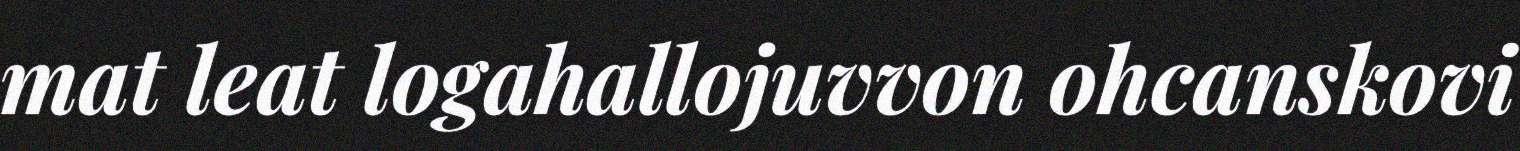
mat leat logahallojuvvon ohcanskovi